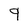
Character: 9